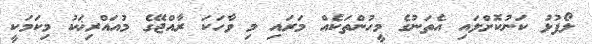
ލޯފުޅު ކަނުކޮށްލައި އެތަނުގެ މީހުންތަކެއް މަރައި މި ވާހަކަ ރާއްޖޭގެ މުއައްރިޚަކު މިކަމަކީ